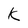
Character: k